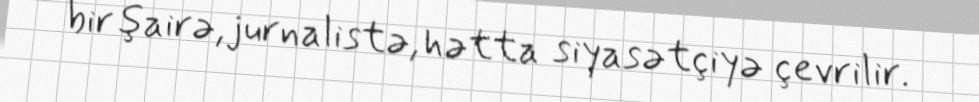
bir şairə, jurnalistə, hətta siyasətçiyə çevrilir.